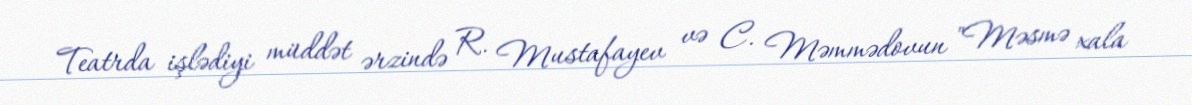
Teatrda işlədiyi müddət ərzində R. Mustafayev və C. Məmmədovun "Məsmə xala